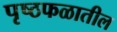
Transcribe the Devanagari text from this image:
पृष्ठफळातील